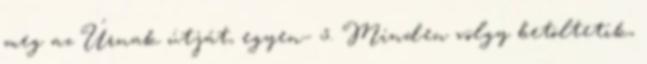
meg az Úrnak útját, egyen− 5. Minden völgy betöltetik,